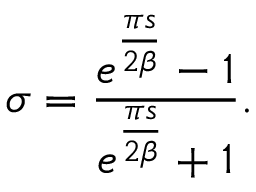
\sigma = { \frac { e ^ { \frac { \pi s } { 2 \beta } } - 1 } { e ^ { \frac { \pi s } { 2 \beta } } + 1 } } .